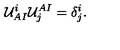
{ \cal U } _ { A I } ^ { i } { \cal U } _ { j } ^ { A I } = \delta _ { j } ^ { i } .